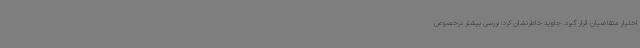
اختیار متقاضیان قرار گیرد. جاوید خاطرنشان کرد: بررسی بیشتر درخصوص